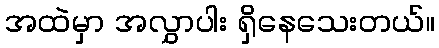
အထဲမှာ အလွှာပါး ရှိနေသေးတယ်။